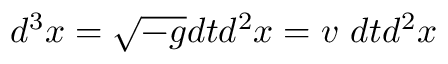
d ^ { 3 } x = \sqrt { - g } d t d ^ { 2 } x = v \ d t d ^ { 2 } x